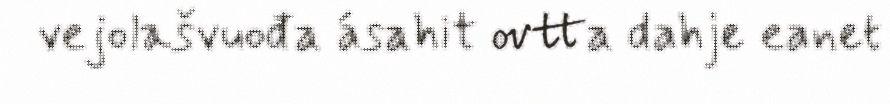
vejolašvuođa ásahit ovtta dahje eanet